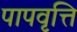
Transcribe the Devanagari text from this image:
पापवृत्ति